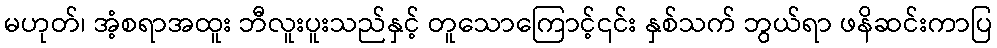
မဟုတ်၊ အံ့စရာအထူး ဘီလူးပူးသည်နှင့် တူသောကြောင့်၎င်း နှစ်သက် ဘွယ်ရာ ဖနိဆင်းကာပြ